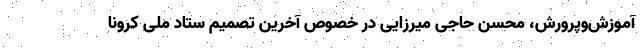
آموزش‌وپرورش، محسن حاجی میرزایی در خصوص آخرین تصمیم ستاد ملی کرونا